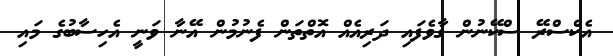
އެކްސްރޭ ސްކޭނުން ގާވެފައި ދަރިއެއް އޮތްތަން ފެނުމުން އޭނާ ވަނީ އެހިސާބުގެ މައި